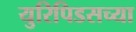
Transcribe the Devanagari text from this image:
युरिपिडसच्या